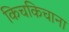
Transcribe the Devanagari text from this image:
किचकिचाना